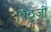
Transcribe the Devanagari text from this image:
विठुजी